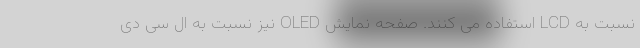
نسبت به LCD استفاده می کنند. صفحه نمایش OLED نیز نسبت به ال سی دی